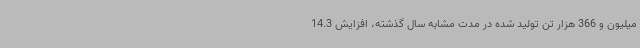
میلیون و 366 هزار تن تولید شده در مدت مشابه سال گذشته، افزایش 14.3